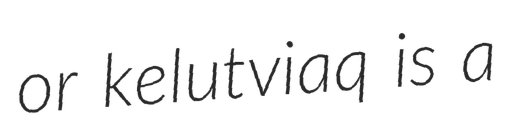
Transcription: or kelutviaq is a